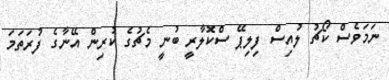
ނަމަވެސް ކޯޗު ލުއިސް ފިލިޕޭ ސްކޮލާރީ ބުނީ މެޗުގެ ކުރިން އޭނާގެ ފުރަތަމަ